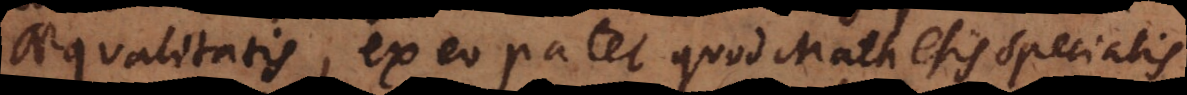
aequalitatis, ex eo patet quod Mathesis specialis